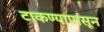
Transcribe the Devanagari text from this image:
टाकण्यापासून